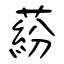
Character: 蒶